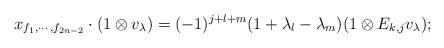
LaTeX: \begin{align*} x_{f_1,\cdots,f_{2n-2}}\cdot( 1\otimes v_{\lambda})=(-1)^{j+l+m}(1+\lambda_l-\lambda_m)(1\otimes E_{k,j}v_{\lambda});\end{align*}